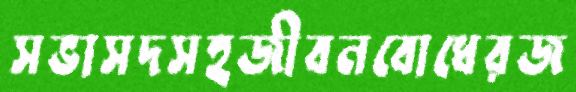
সভাসদসহজীবনবোধেরজ